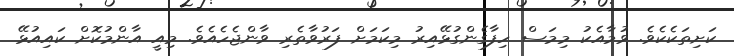
ކަށިތަކެކެވެ. ވުމާއެކު މިމަސް ހިފާގެންގުޅޭއިރު މިކަމަށް ފަރުވާތެރި ވާންޖެހެއެވެ. މިއީ އާންމުކޮށް ކައިއުޅޭ